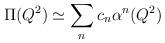
LaTeX: \begin{align*} \Pi(Q^{2}) \simeq \sum_{n} c_{n}\alpha^{n}(Q^{2})\end{align*}